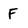
Character: F